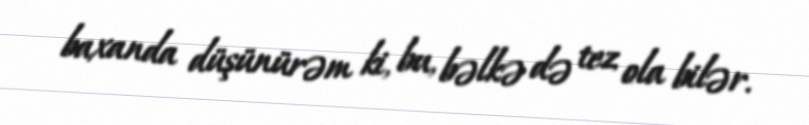
baxanda düşünürəm ki, bu, bəlkə də tez ola bilər.